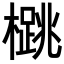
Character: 𪴁